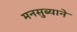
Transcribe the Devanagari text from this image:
मनसुब्याने